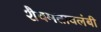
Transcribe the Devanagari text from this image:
शैवमतावलंबी